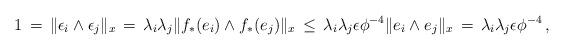
LaTeX: \begin{align*}1\,=\,\|\epsilon_i\wedge\epsilon_j\|_x\,=\,\lambda_i\lambda_j\|f_\ast (e_i)\wedge f_\ast (e_j)\|_x\,\leq\,\lambda_i\lambda_j\epsilon\phi^{-4}\|e_i\wedge e_j\|_x\,=\,\lambda_i\lambda_j\epsilon\phi^{-4}\,,\end{align*}